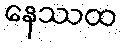
နေဿထ